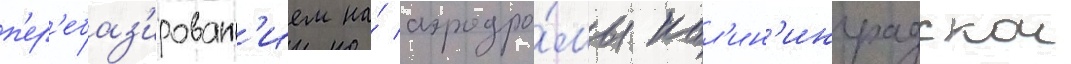
п'ер'ебаз'ирован'ием на́ аэродро́мы кал'ин'инградскои